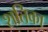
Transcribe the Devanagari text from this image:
शतिका